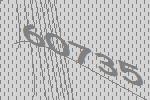
60735